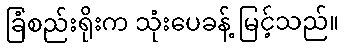
ခြံစည်းရိုးက သုံးပေခန့် မြင့်သည်။